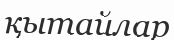
қытайлар